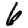
Digit: 6